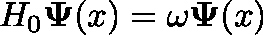
H _ { 0 } \mathbf { \Psi } ( x ) = \omega \mathbf { \Psi } ( x )